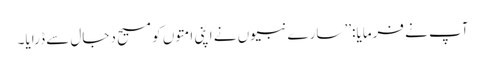
آپ نے فرمایا:’’ سارے نبیوں نے اپنی امتوں کو مسیح دجال سے ڈرایا۔